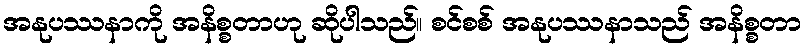
အနုပဿနာကို အနိစ္စတာဟု ဆိုပါသည်။ စင်စစ် အနုပဿနာသည် အနိစ္စတာ